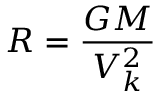
R = { \frac { G M } { V _ { k } ^ { 2 } } }